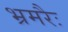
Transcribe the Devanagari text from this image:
भ्रमरैः